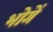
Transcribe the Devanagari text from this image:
भोगें